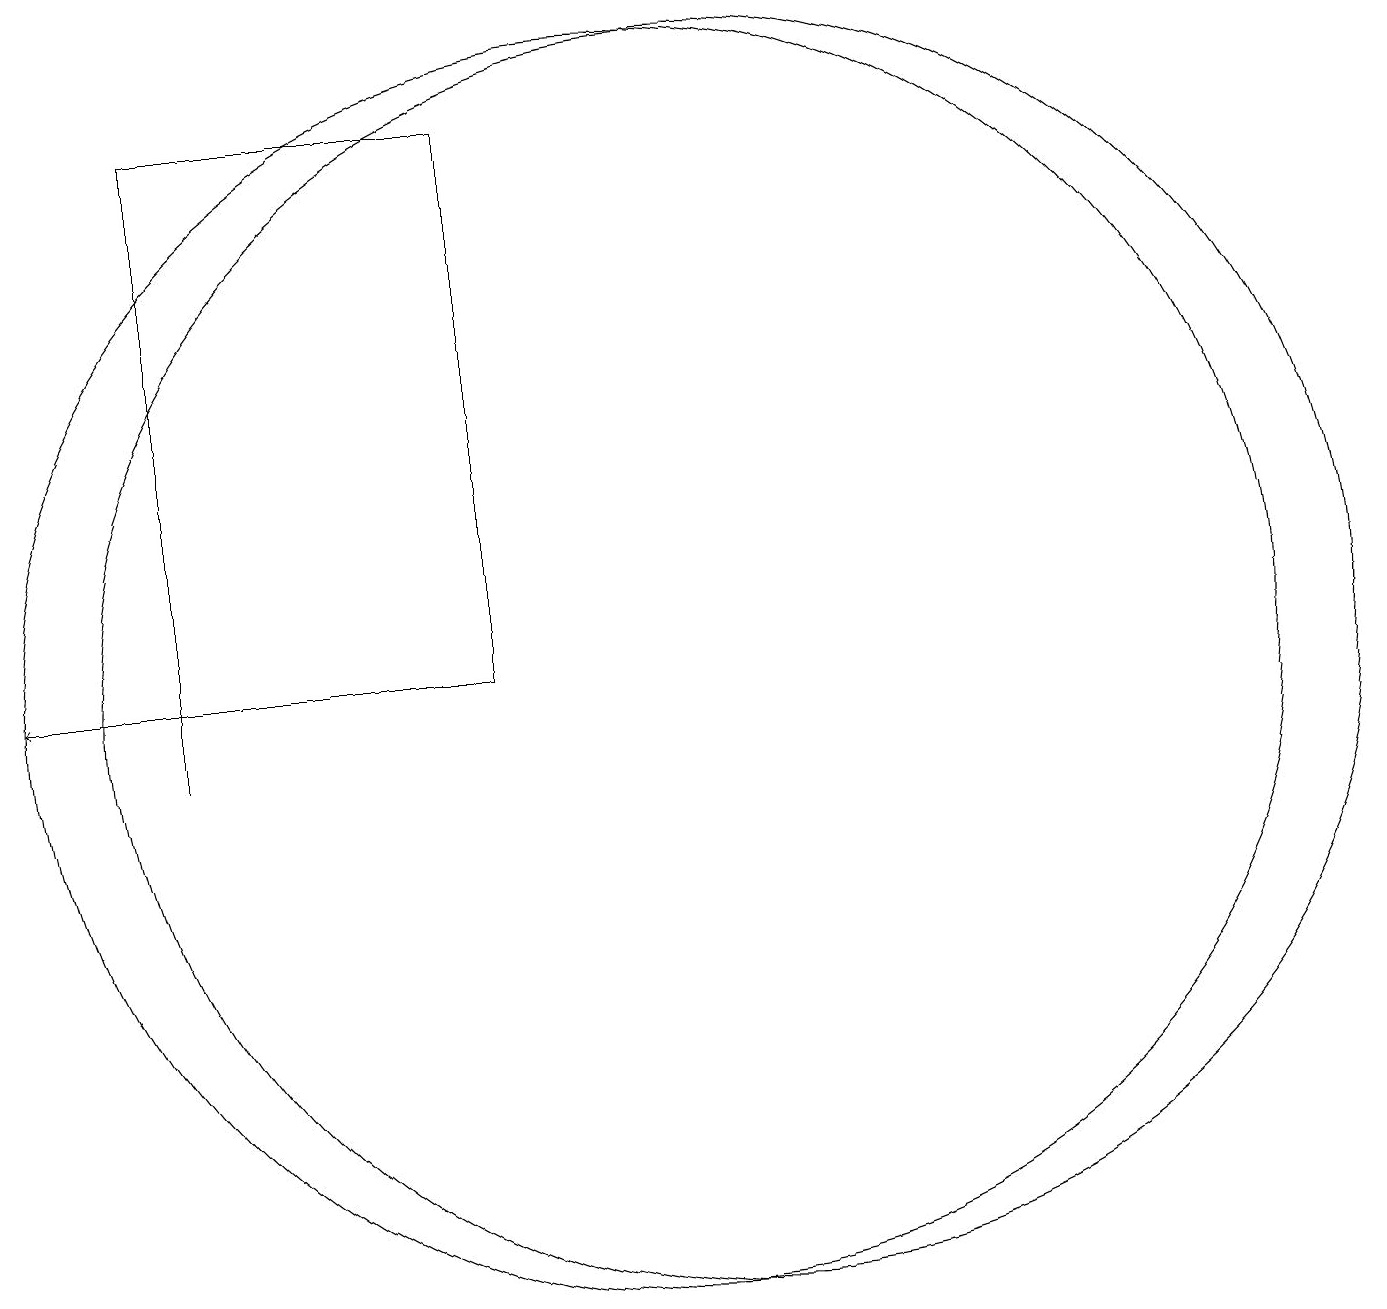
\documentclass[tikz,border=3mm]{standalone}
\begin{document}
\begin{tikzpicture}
\draw[->] (6,11) -- (3,11);
\draw (9,11) rectangle (5,18);
\draw (5,10) rectangle (5,16);
\draw (12,11) circle (8);
\draw (11,11) circle (8);
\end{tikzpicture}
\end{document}